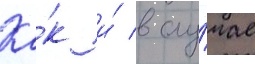
Ка́к и́ в слу́чае